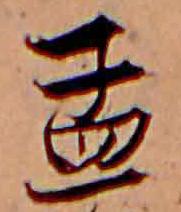
孟